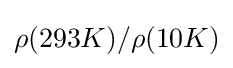
\rho (293K)/\rho (10K)